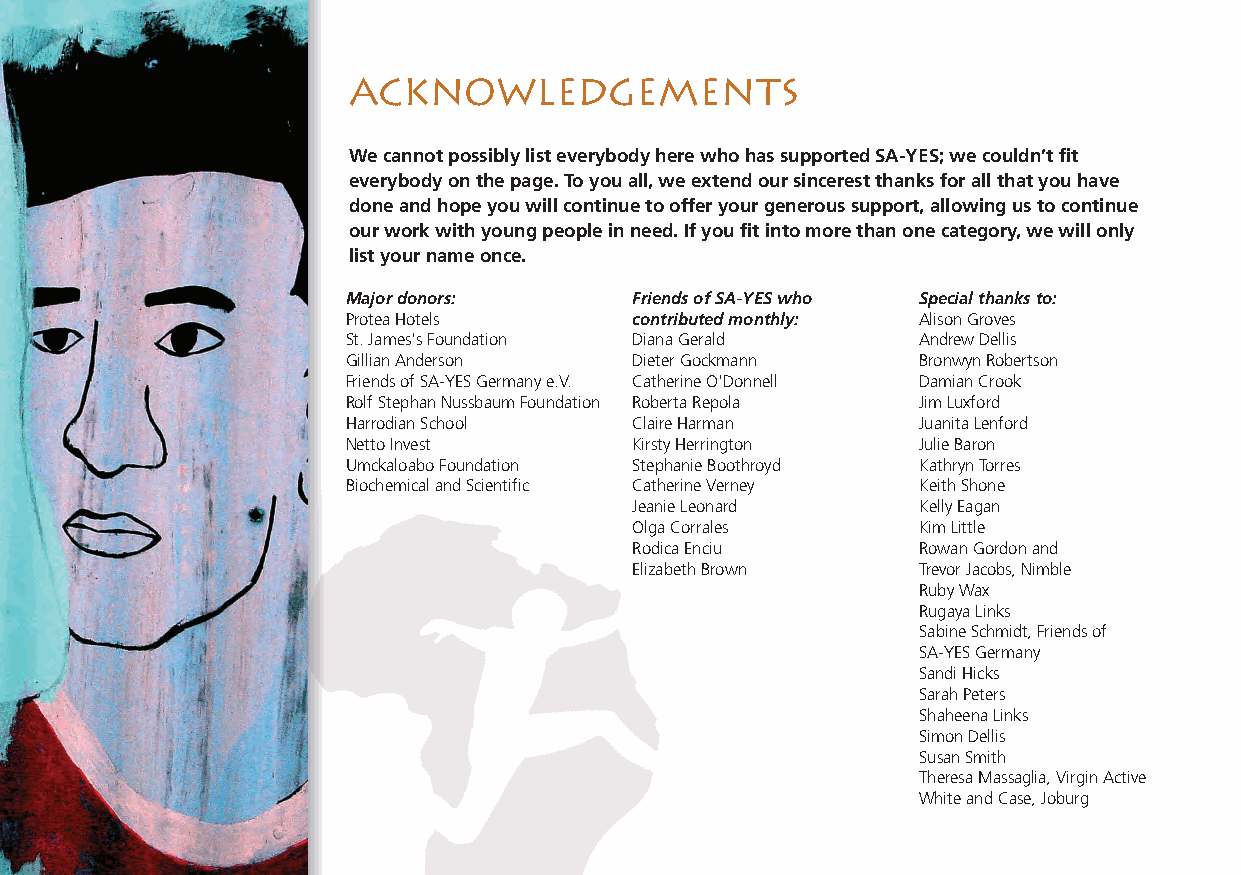
ACKNOWLEDGEMENTS
 We cannot possibly list everybody here who has supported SA-YES; we couldn’t fit
 everybody on the page. To you all, we extend our sincerest thanks for all that you have
 done and hope you will continue to offer your generous support, allowing us to continue
 our work with young people in need. If you fit into more than one category, we will only
 list your name once.
 Major donors:      Friends of SA-YES who Special thanks to:
 Protea Hotels      contributed monthly: Alison Groves
 St. James's Foundation Diana Gerald   Andrew Dellis
 Gillian Anderson   Dieter Gockmann    Bronwyn Robertson
 Friends of SA-YES Germany e.V. Catherine O'Donnell Damian Crook
 Rolf Stephan Nussbaum Foundation Roberta Repola Jim Luxford
 Harrodian School   Claire Harman      Juanita Lenford
 Netto Invest       Kirsty Herrington  Julie Baron
 Umckaloabo Foundation Stephanie Boothroyd Kathryn Torres
 Biochemical and Scientific Catherine Verney Keith Shone
 Jeanie Leonard     Kelly Eagan
 Olga Corrales      Kim Little
 Rodica Enciu       Rowan Gordon and
 Elizabeth Brown    Trevor Jacobs, Nimble
 Ruby Wax
 Rugaya Links
 Sabine Schmidt, Friends of
 SA-YES Germany
 Sandi Hicks
 Sarah Peters
 Shaheena Links
 Simon Dellis
 Susan Smith
 Theresa Massaglia, Virgin Active
 White and Case, Joburg